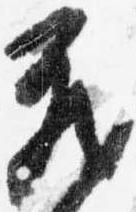
蔵